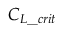
C _ { L \_ c r i t }